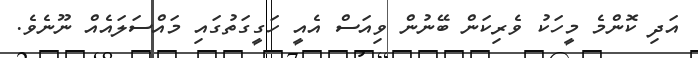
އަދި ކޮންމެ މީހަކު ވެރިކަން ބޭނުން ވިއަސް އެއީ ހަގީގަތުގައި މައްސަލައެއް ނޫނެވެ.